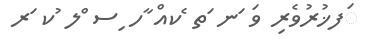
ަފޚުރުވެރި ވަ ަނ ަތ ެކއް ާހ ިސ ްލ ުކ ަރ